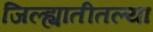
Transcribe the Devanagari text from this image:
जिल्ह्यातीतल्या